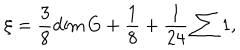
\xi = \frac { 3 } { 8 } \dim G + \frac { 1 } { 8 } + \frac { 1 } { 2 4 } \sum 1 ,